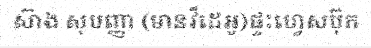
ស៊ាង សុបញ្ញា (មានវីដេអូ)ផ្ទះហ្វេសប៊ុក